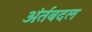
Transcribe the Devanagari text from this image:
अंर्तबदल